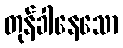
တုန်ခါနေသော